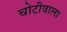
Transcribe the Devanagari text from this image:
चोटीवाला